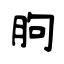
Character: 胊